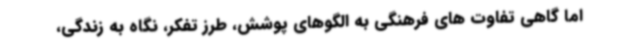
اما گاهی تفاوت های فرهنگی به الگوهای پوشش، طرز تفکر، نگاه به زندگی،